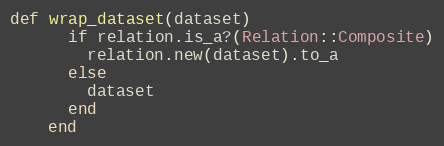
Language: Ruby
def wrap_dataset(dataset)
      if relation.is_a?(Relation::Composite)
        relation.new(dataset).to_a
      else
        dataset
      end
    end